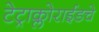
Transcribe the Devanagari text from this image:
टेट्राक्लोराईडचे